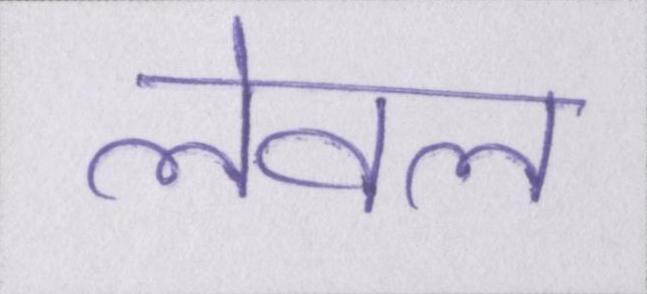
लेवल